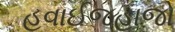
હવાઈજહાજો